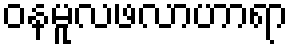
ဝနမူလဖလာဟာရာ